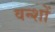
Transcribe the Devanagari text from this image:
वन्शों